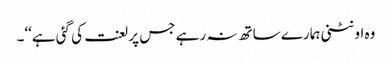
وہ اونٹنی ہمارے ساتھ نہ رہے جس پر لعنت کی گئی ہے‘‘۔